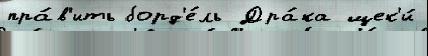
пра́в'ить борд'е́ль Дра́ка щек'и́